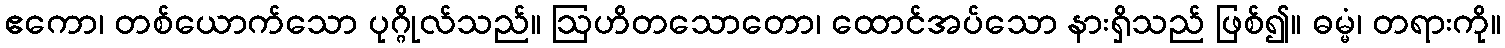
ဧကော၊ တစ်ယောက်သော ပုဂ္ဂိုလ်သည်။ ဩဟိတသောတော၊ ထောင်အပ်သော နားရှိသည် ဖြစ်၍။ ဓမ္မံ၊ တရားကို။